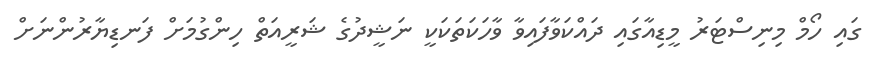
ގައި ހޯމް މިނިސްޓަރު މީޑިއާގައި ދައްކަވާފައިވާ ވާހަކަތަކަކީ ނަޝީދުގެ ޝަރީއަތް ހިންގުމަށް ފަނޑިޔާރުންނަށް